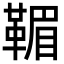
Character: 𩋿